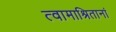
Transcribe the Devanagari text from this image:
त्वामाश्रितानां